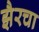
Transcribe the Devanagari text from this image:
झैरचा